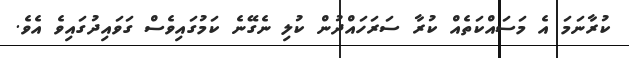
ކުރާނަމަ އެ މަސައްކަތެއް ކުރާ ސަރަހައްދުން ކުލި ނެގޭނެ ކަމުގައިވެސް ގަވައިދުގައިވެ އެވެ.